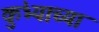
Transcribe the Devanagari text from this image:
कुंभ्याच्या